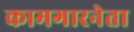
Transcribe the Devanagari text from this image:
कामगारनेता